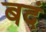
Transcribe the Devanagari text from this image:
बदं